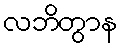
လဘိတွာန